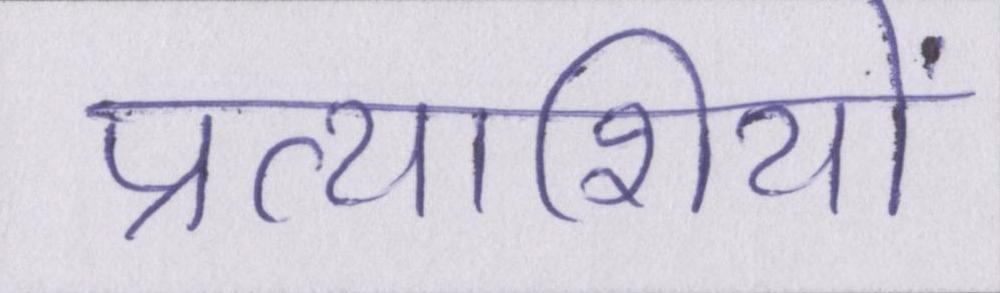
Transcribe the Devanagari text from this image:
प्रत्याशियों